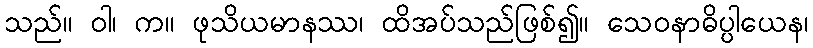
သည်။ ဝါ၊ က။ ဖုသိယမာနဿ၊ ထိအပ်သည်ဖြစ်၍။ သေဝနာဓိပ္ပါယေန၊